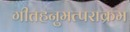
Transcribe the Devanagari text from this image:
गीतहनुमत्पराक्रम